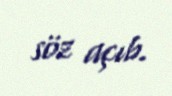
söz açıb.